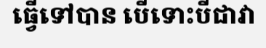
ធ្វើទៅបាន បើទោះបីជាវា